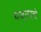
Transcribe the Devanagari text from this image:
यज्नाचे